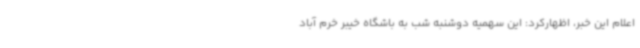
اعلام این خبر، اظهارکرد: این سهمیه دوشنبه شب به باشگاه خیبر خرم آباد